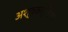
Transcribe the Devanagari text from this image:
अश्वकर्णिका